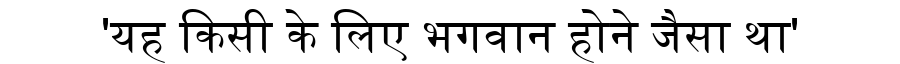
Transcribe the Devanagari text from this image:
'यह किसी के लिए भगवान होने जैसा था'